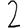
Digit: 2